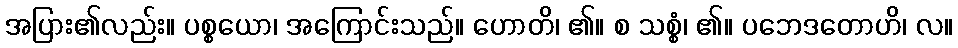
အပြား၏လည်း။ ပစ္စယော၊ အကြောင်းသည်။ ဟောတိ၊ ၏။ စ သစ္စံ၊ ၏။ ပဘေဒတောဟိ၊ လ။